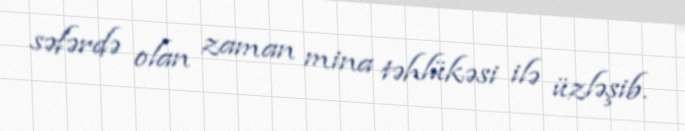
səfərdə olan zaman mina təhlükəsi ilə üzləşib.